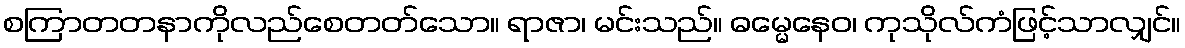
စကြာတတနာကိုလည်စေတတ်သော။ ရာဇာ၊ မင်းသည်။ ဓမ္မေနေဝ၊ ကုသိုလ်ကံဖြင့်သာလျှင်။